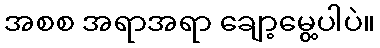
အစစ အရာအရာ ချော့မွေ့ပါပဲ။